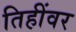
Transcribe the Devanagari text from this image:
तिहींवर